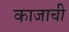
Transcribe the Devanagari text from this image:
काजाची